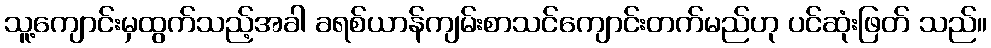
သူ့ကျောင်းမှထွက်သည့်အခါ ခရစ်ယာန်ကျမ်းစာသင်ကျောင်းတက်မည်ဟု ပင်ဆုံးဖြတ် သည်။